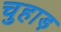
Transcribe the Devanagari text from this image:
चुहाड़